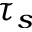
\tau _ { s }